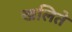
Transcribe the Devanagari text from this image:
खलिते